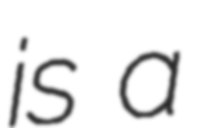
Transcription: is a